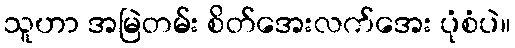
သူဟာ အမြဲတမ်း စိတ်အေးလက်အေး ပုံစံပဲ။